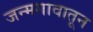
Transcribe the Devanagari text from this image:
जन्मगावातून